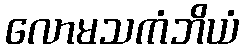
လောမသကံဘိယံ